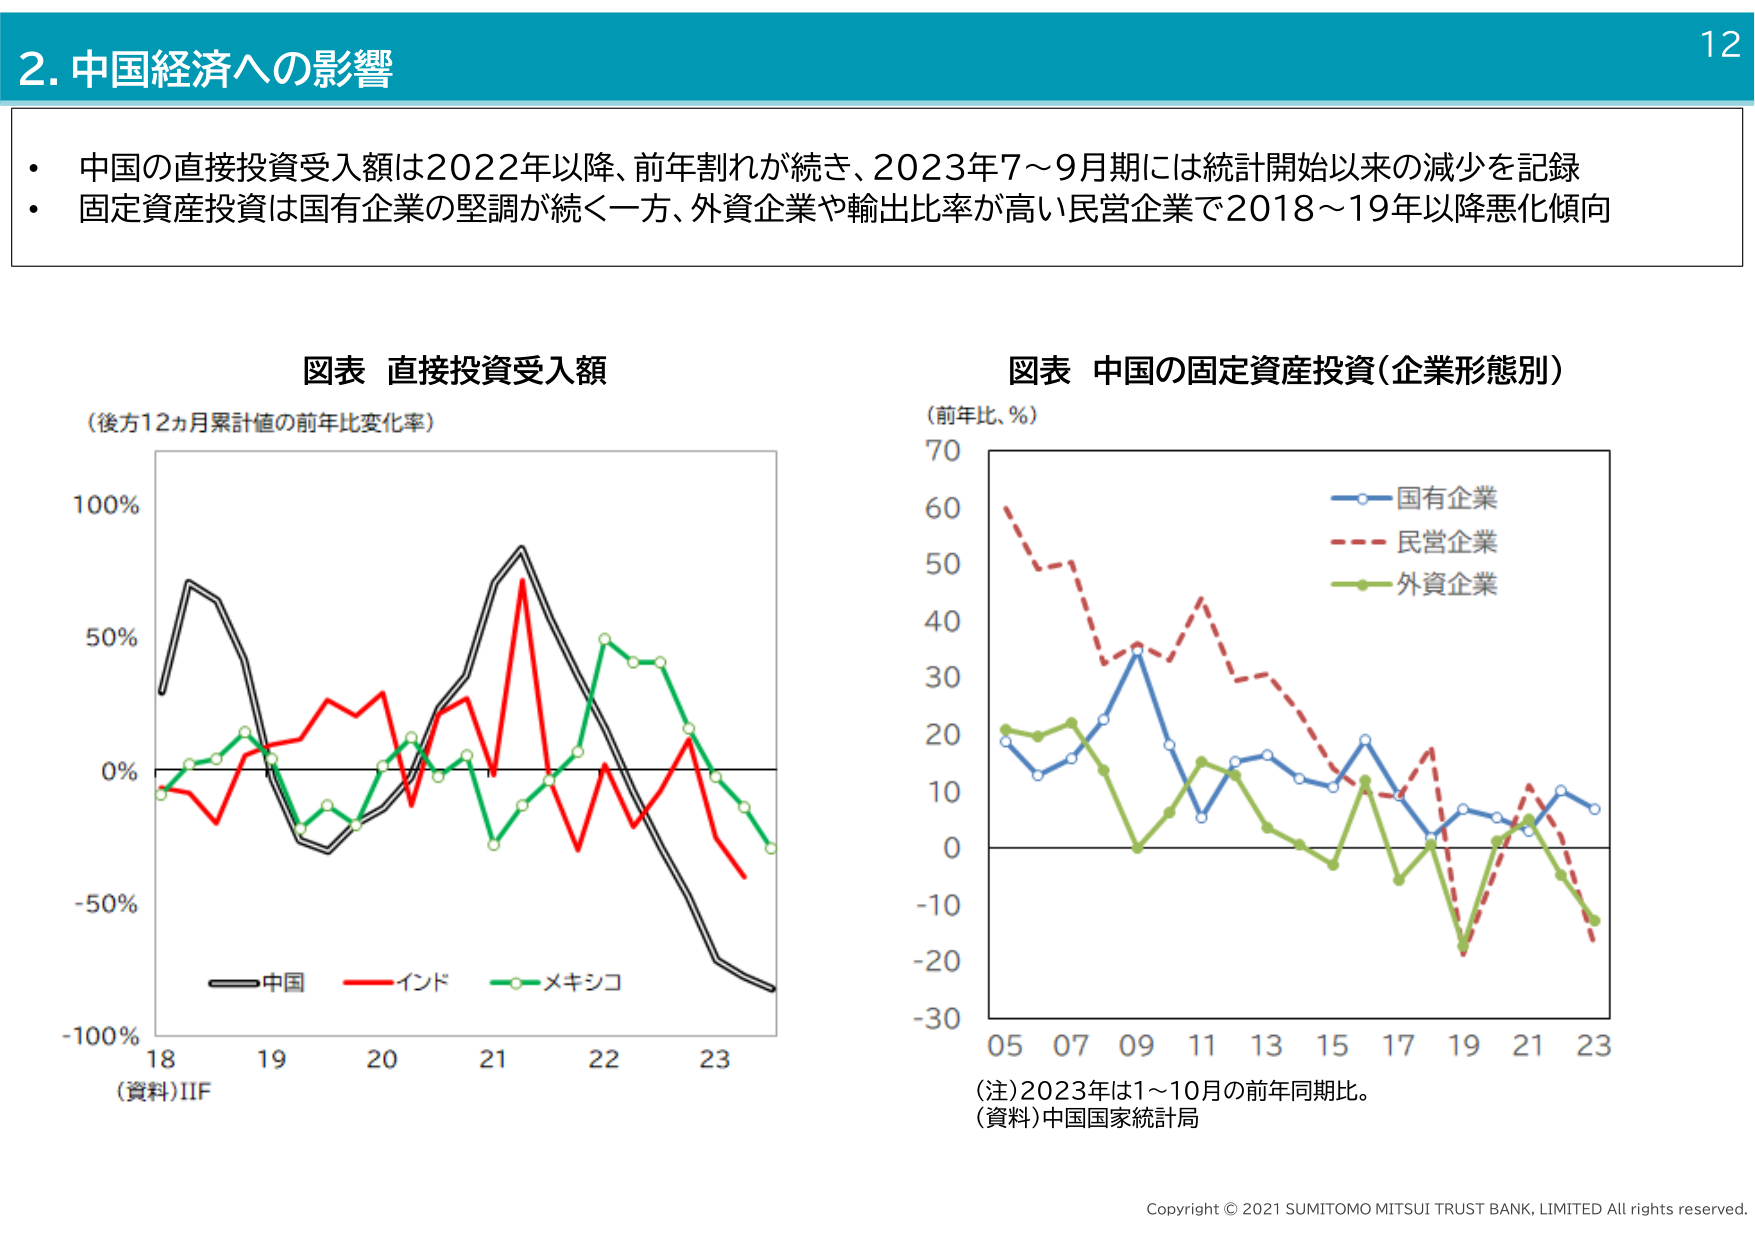
2. 中国経済への影響

・中国の直接投資受入額は2022年以降、前年割れが続き、2023年7～9月期には統計開始以来の減少を記録
・固定資産投資は国有企業の堅調が続く一方、外資企業や輸出比率が高い民営企業で2018～19年以降悪化傾向

図表 直接投資受入額
（後方12ヵ月累計値の前年比変化率）
（資料）IIF

図表 中国の固定資産投資（企業形態別）
（前年比、％）
（注）2023年は1～10月の前年同期比。
（資料）中国国家統計局

12

Copyright © 2021 SUMITOMO MITSUI TRUST BANK, LIMITED All rights reserved.